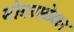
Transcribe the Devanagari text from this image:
मोगराळेकर